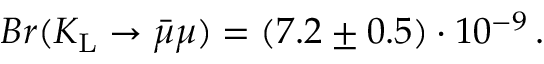
B r ( K _ { \mathrm { L } } \to \bar { \mu } \mu ) = ( 7 . 2 \pm 0 . 5 ) \cdot 1 0 ^ { - 9 } \, .